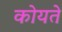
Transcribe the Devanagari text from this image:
कोयते